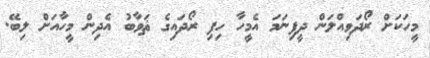
މީހަކަށް ރޯދަވިއްލަން ދީފިނަމަ އެމީހާ ހިފި ރޯދައިގެ ޘަވާބު އެދިން މީހާއަށް ލިބޭ.